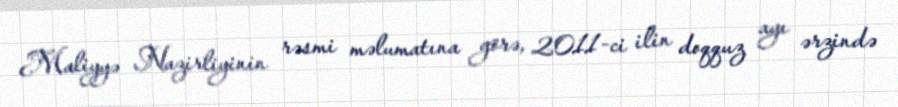
Maliyyə Nazirliyinin rəsmi məlumatına görə, 2011-ci ilin doqquz ayı ərzində